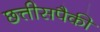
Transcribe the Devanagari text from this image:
छत्तीसपैकी